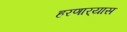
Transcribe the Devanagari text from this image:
हरणार्‍यास